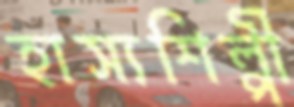
হাস্যশিল্পী